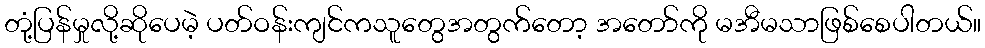
တုံ့ပြန်မှုလို့ဆိုပေမဲ့ ပတ်ဝန်းကျင်ကသူတွေအတွက်တော့ အတော်ကို မအီမသာဖြစ်စေပါတယ်။